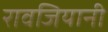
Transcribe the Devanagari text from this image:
रावजियानी